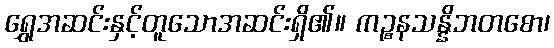
ရွှေအဆင်းနှင့်တူသောအဆင်းရှိ၏။ ကဉ္စနသန္နိဘတစော၊